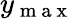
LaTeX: y_{\mathrm{~m~a~x~}}